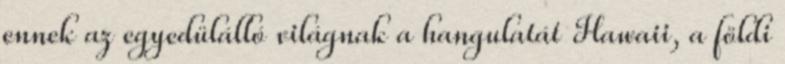
ennek az egyedülálló világnak a hangulatát Hawaii, a földi